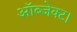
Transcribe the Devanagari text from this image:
ऑब्जेक्ट।